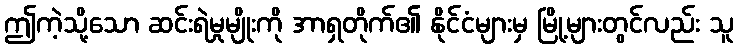
ဤကဲ့သို့သော ဆင်းရဲမှုမျိုးကို အာရှတိုက်၏ နိုင်ငံများမှ မြို့များတွင်လည်း သူ